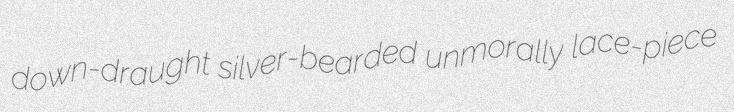
down-draught silver-bearded unmorally lace-piece